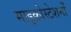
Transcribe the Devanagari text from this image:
माइक्रोस्टेशनों